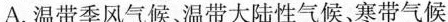
A.温带季风气候温带大陆性气候、寒带气候